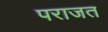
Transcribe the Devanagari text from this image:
पराजत